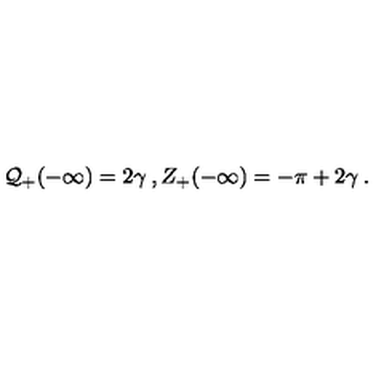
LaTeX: { \cal Q } _ { + } ( - \infty ) = 2 \gamma \: , Z _ { + } ( - \infty ) = - \pi + 2 \gamma \: .